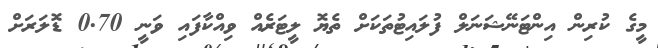
މީގެ ކުރިން އިންޓަނޭޝަނަލް ފުލައިޓުތަކަށް ތެޔޮ ލީޓަރެއް ވިއްކާފައި ވަނީ 0.70 ޑޮލަރަށް